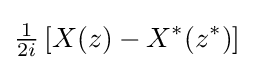
{\tfrac {1}{2i}}\left[X(z)-X^{*}(z^{*})\right]